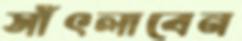
সাঁৎলাবেন